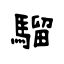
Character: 騮